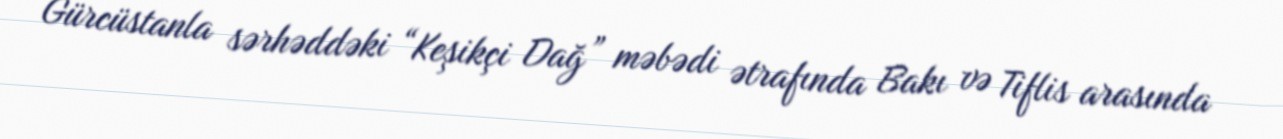
Gürcüstanla sərhəddəki “Keşikçi Dağ” məbədi ətrafında Bakı və Tiflis arasında